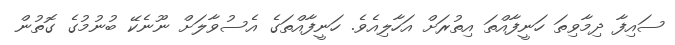
ސައިފާ ދިމާވިތަ ހަނީފާއްތަ އިތުރަށް އަހާލިއެވެ. ހަނީފާއްތަގެ އެސުވާލަށް ނޫނެކޭ ބުނުމުގެ ގޮތުން